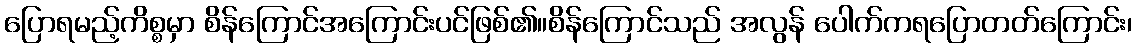
ပြောရမည့်ကိစ္စမှာ စိန်ကြောင်အကြောင်းပင်ဖြစ်၏။စိန်ကြောင်သည် အလွန် ပေါက်ကရပြောတတ်ကြောင်း၊